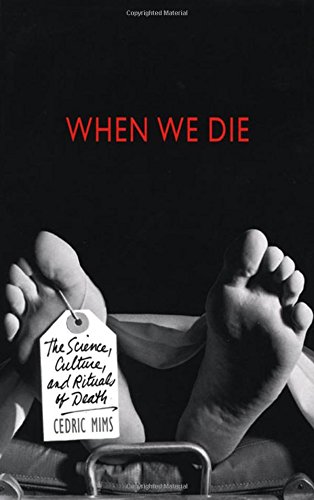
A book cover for When We Die: The Science, Culture, and Rituals of Death; Cedric Mims; Medical Books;